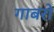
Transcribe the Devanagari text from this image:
गाबरो